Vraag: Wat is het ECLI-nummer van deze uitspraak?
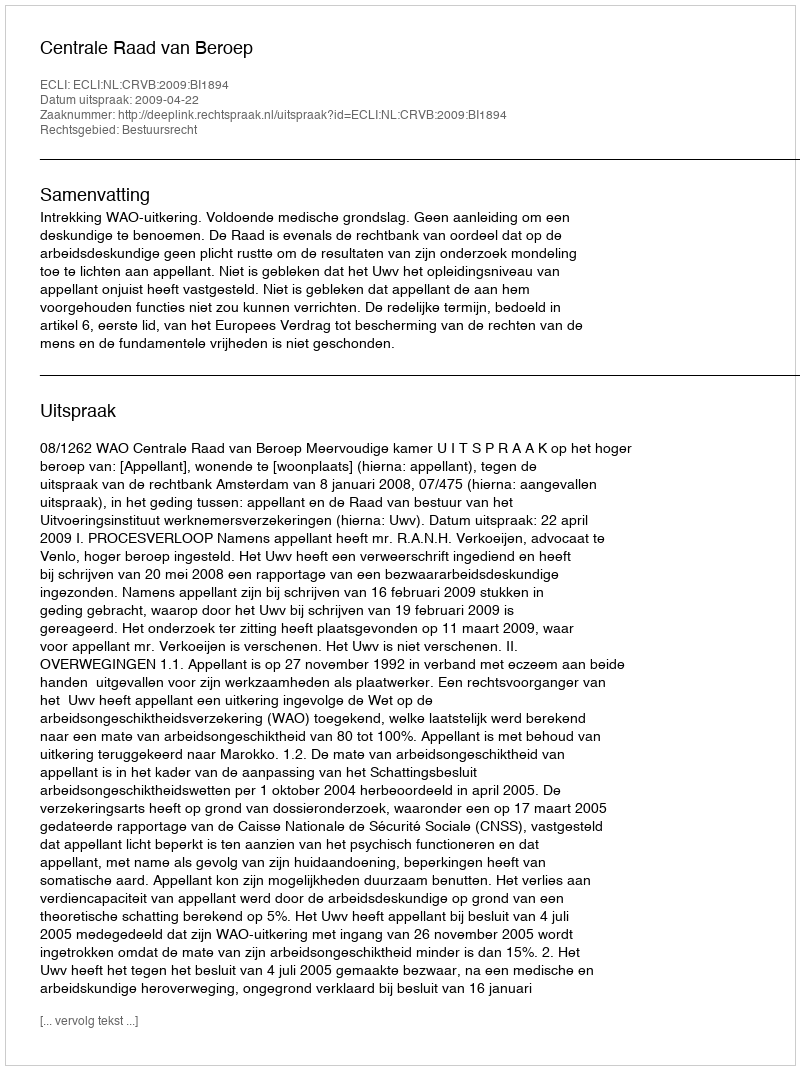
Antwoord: ECLI:NL:CRVB:2009:BI1894